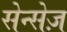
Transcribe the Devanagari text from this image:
सेन्सेज़